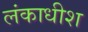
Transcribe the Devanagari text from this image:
लंकाधीश